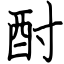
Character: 酎